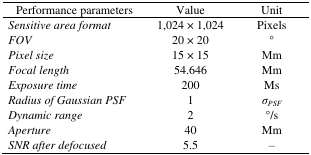
| Performance parameters | Value | Unit |
 | --- | --- | --- |
 | Sensitive area format | 1,024 × 1,024 | Pixels |
 | FOV | 20 × 20 | ° |
 | Pixel size | 15 × 15 | Mm |
 | Focal length | 54.646 | Mm |
 | Exposure time | 200 | Ms |
 | Radius of Gaussian PSF | 1 | σPSF |
 | Dynamic range | 2 | °/s |
 | Aperture | 40 | Mm |
 | SNR after defocused | 5.5 | – |